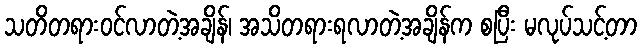
သတိတရားဝင်လာတဲ့အချိန်၊ အသိတရားရလာတဲ့အချိန်က စပြီး မလုပ်သင့်တာ